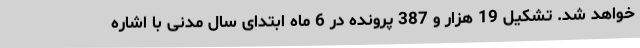
خواهد شد. تشکیل 19 هزار و 387 پرونده در 6 ماه ابتدای سال مدنی با اشاره